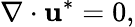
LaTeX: \nabla\cdot\mathbf{u}^{*}=0,